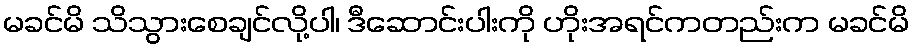
မခင်မိ သိသွားစေချင်လို့ပါ၊ ဒီဆောင်းပါးကို ဟိုးအရင်ကတည်းက မခင်မိ